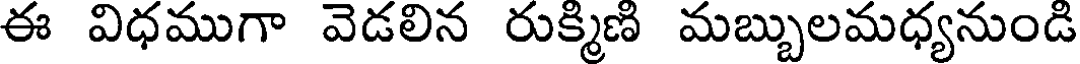
ఈ విధముగా వెడలిన రుక్మిణి మబ్బులమధ్యనుండి